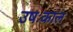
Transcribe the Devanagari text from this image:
उषःकाल